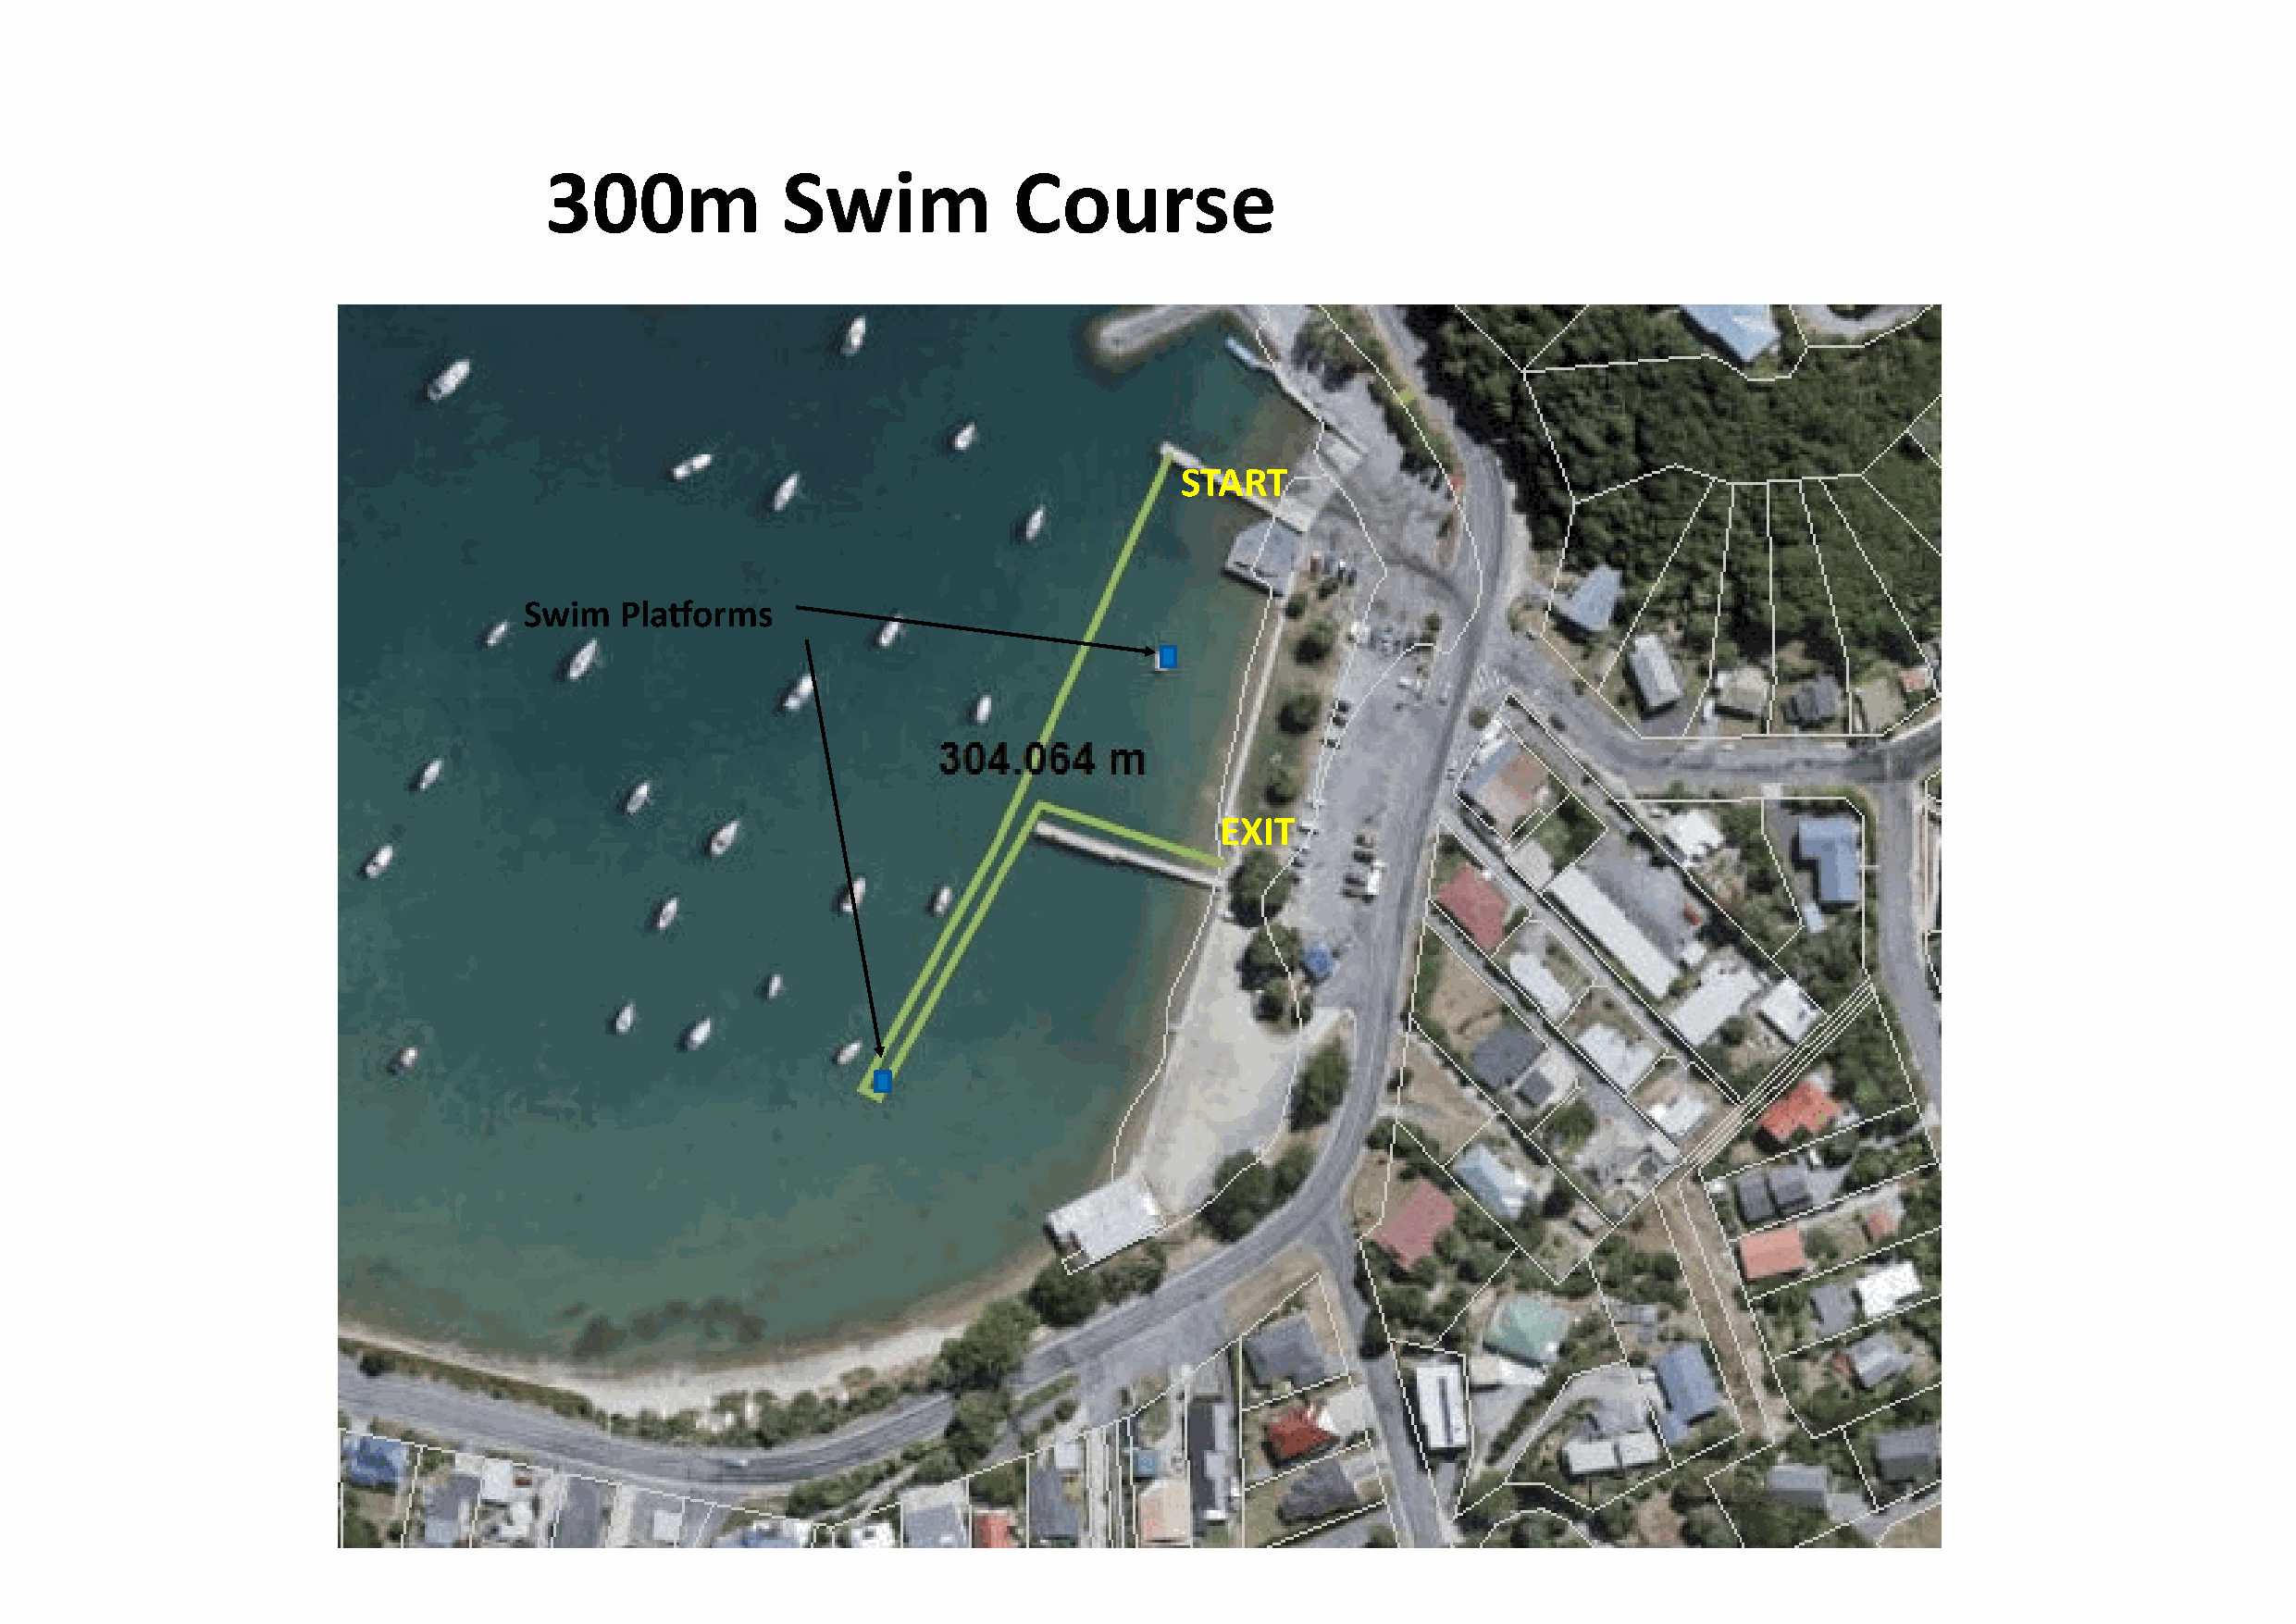
300m             Swim            Course
 START
 Swim   Platforms
 EXIT